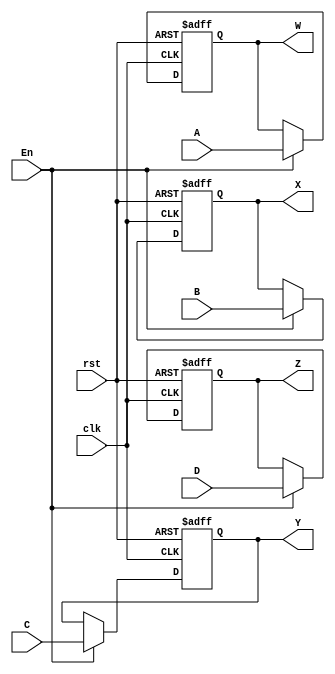
`timescale 1ns / 1ps
//////////////////////////////////////////////////////////////////////////////////
// Company: 
// Engineer: 
// 
// Design Name: 
// Module Name:    regs 
// Project Name: 
// Target Devices: 
// Tool versions: 
// Description: 
//
// Dependencies: 
//
// Revision: 
// Revision 0.01 - File Created
// Additional Comments: 
//
//////////////////////////////////////////////////////////////////////////////////
module regs(
	input wire A,B,C,D,
	input wire clk,En,rst,
	output reg W,X,Y,Z
    );
	 
	always @ (posedge clk,posedge rst )
	begin
	if(rst)
		begin
			W <= 0;
			X <= 0;
			Y <= 0;
			Z <= 0;
			end
	
	else if(En) begin
			W <= A;
			X <= B;
			Y <= C;
			Z <= D;
			end
			
		else begin
		   W <= W;
			X <= X;
			Y <= Y;
			Z <= Z;
			end
	end

endmodule